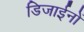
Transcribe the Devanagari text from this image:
डिजाईनों